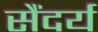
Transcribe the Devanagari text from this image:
सैंदर्य